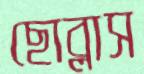
ছোব্‌লাস